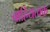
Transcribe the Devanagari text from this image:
बाहियत्वक्‌